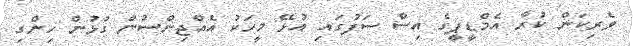
ވެރިކަން ކުރާ އެމްޑީޕީގެ އިސް ސަފުގައި އުޅޭ މީހަކު އެއްޖިންސުން ގުޅުން ހިންގި